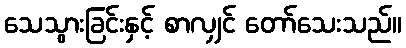
သေသွားခြင်းနှင့် စာလျှင် တော်သေးသည်။